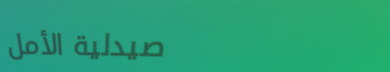
صيدلية الأمل